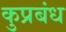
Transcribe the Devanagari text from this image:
कुप्रबंध